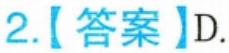
2.【答案】D.